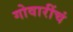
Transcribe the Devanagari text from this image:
गोवारींचं